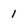
Character: 1